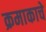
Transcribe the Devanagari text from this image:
क्रमाकाचे